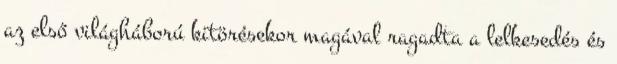
az első világháború kitörésekor magával ragadta a lelkesedés és